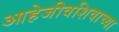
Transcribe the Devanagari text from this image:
आहेजीवशिवाच्या